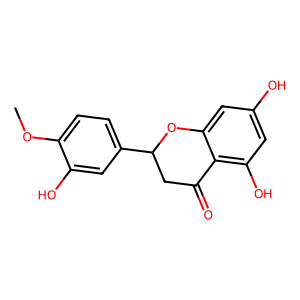
SMILES: COc1ccc(C2CC(=O)c3c(O)cc(O)cc3O2)cc1O
Inhibits HIV replication: No